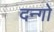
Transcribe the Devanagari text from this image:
दन्गो